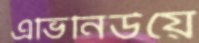
এভিনিউয়ে